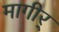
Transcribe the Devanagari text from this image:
मागीर्